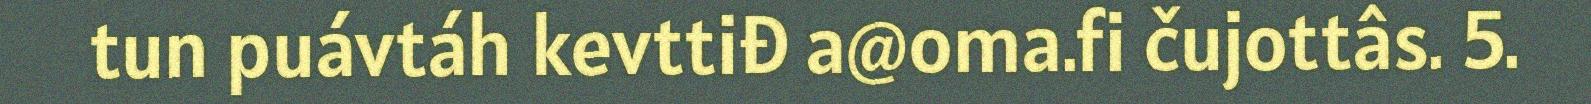
tun puávtáh kevttiđ a@oma.fi čujottâs. 5.